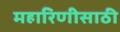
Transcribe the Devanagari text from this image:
महारिणीसाठी